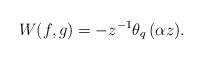
LaTeX: \begin{align*} W(f,g)=-z^{-1}\theta_{q}\left(\alpha z\right)\!. \end{align*}